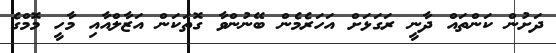
ދަށުން ކަންތައް ދާނީ ރަގަޅަށް އަހަރެމެން ބޭނުންވާ ގޮތަކަން އަޒާލްއާއި މާހީ މޮމްގެ